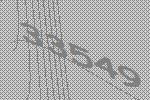
33549